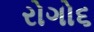
રોગો૬